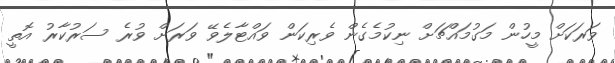
ވަރަކަށް މީހުން މަގުމައްޗަށް ނިކުމެގެން ވެރިކަން ވައްޓާލެވޭ ވަރަށް ވުރެ ސަރުކާރު އޮތީ